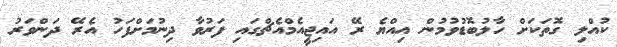
ކުއްލި ގޮތަކަށް ހާލުބޮޑުވުމުން އިއްޔެ ރޭ އައިޖީއެމްއެޗްގައި ފަރުވާ ދިނުމަށްފަހު އެރޭ ދަންވަރު